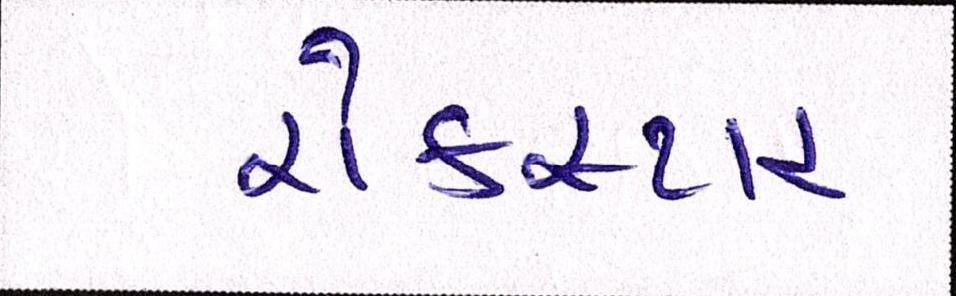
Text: રોકસ્ટાર